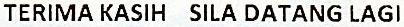
TERIMA KASIH SILA DATANG LAGI